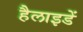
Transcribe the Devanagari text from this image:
हैलाइडें